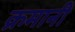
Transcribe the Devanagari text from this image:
क्रमानी